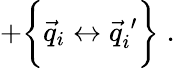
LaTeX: +\biggl\{ \vec{q}_{i}\leftrightarrow\vec{q}_{i}^{\: \prime}\biggr\} \; .